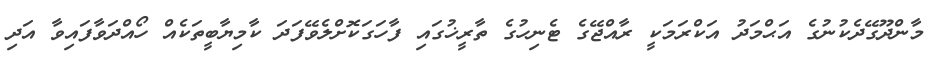
މާންދޫގޭދެކުނުގެ އަޙްމަދު އަކްރަމަކީ ރާއްޖޭގެ ޓެނިހުގެ ތާރީޚުގައި ފާހަގަކޮށްލެވޭފަދަ ކާމިޔާބީތަކެއް ހޯއްދަވާފައިވާ އަދި